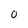
Character: 0